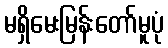
မရှိမေးမြန်းတော်မူပုံ